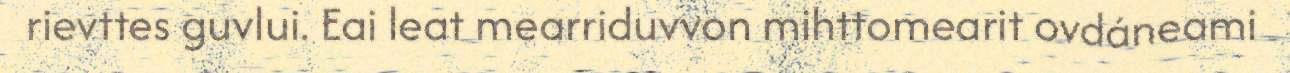
rievttes guvlui. Eai leat mearriduvvon mihttomearit ovdáneami